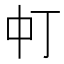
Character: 𬻳